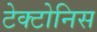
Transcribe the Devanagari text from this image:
टेक्टोनिस